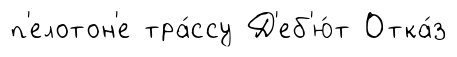
п'елотон'е тра́ссу Д'еб'ю́т Отка́з